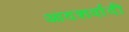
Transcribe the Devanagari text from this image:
आदशर्वादी